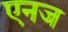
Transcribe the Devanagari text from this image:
एनज